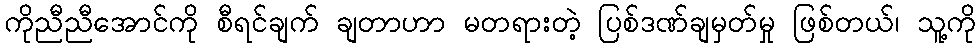
ကိုညီညီအောင်ကို စီရင်ချက် ချတာဟာ မတရားတဲ့ ပြစ်ဒဏ်ချမှတ်မှု ဖြစ်တယ်၊ သူ့ကို